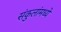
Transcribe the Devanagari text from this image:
संकुलांमध्ये